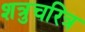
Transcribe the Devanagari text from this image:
शत्रुचरित्र